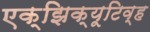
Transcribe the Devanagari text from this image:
एक्झिक्यूटिव्ह